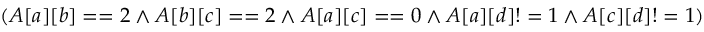
( A [ a ] [ b ] = = 2 \land A [ b ] [ c ] = = 2 \land A [ a ] [ c ] = = 0 \land A [ a ] [ d ] ! = 1 \land A [ c ] [ d ] ! = 1 )